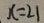
x = 2 1